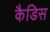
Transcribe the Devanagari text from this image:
कैडिस